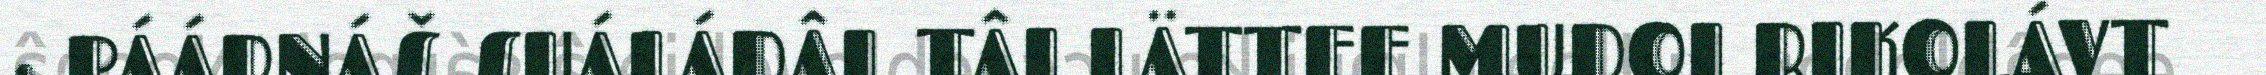
· PÁÁRNÁŠ SUÁLÁDÂL TÂI LÄTTEE MUDOI RIKOLÁVT